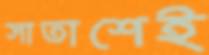
সাতাশেই